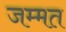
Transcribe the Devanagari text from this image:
जम्‍मत